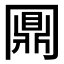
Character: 𠕪